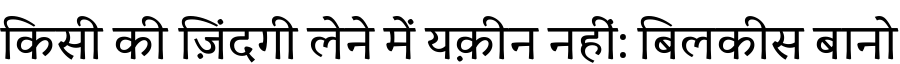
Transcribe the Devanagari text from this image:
किसी की ज़िंदगी लेने में यक़ीन नहीं: बिलकीस बानो